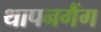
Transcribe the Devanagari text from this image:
थापनगैंग